Annual statistical returns and brief notes on vaccination in Bengal - 1896-1909
Year: 1896
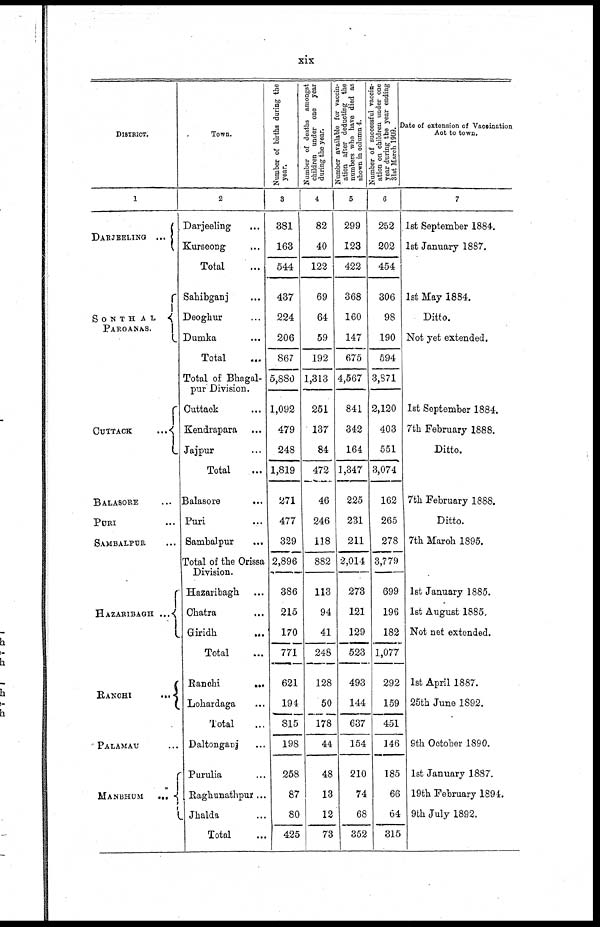
xix
DISTRICT.
1
DARJEELING...
SONTHAL
PARGANAS.
CUTTACK...
...
BALASORE...
PURI...
SAMBALPUR...
HAZARIBAGH... ...
RACHI...
PALAMAU...
MANBHUM...
Town.
2
Darjeeling... ...
Kurseong... ...
Total...
Sahibganj... ...
Deoghur... ...
Dumka... ...
Total...
Total of Bhagal-
pur Division.
Cuttack... ...
Kendrapara... ...
Jajpur... ...
Total...
Balasore...
...
Puri... ...
Sambalpur... ...
Total of the Orissa
Hazaribagh... ...
Chatra... ...
Giridh...
...
Total...
Ranchi...
...
Lohardaga... ...
Total...
Daltonganj... ...
Purulia... ...
Raghunathpur...
Jhalda...
Total...
Number of births during the
year.
3
381
163
544
437
224
206
867
5,880
1,092
479
248
1,819
271
477
329
2,896
386
215
170
771
621
194
815
198
258
87
80
425
Number of deaths amongst
children under one year
during the year.
4
82
40
122
69
64
59
192
1,313
251
137
84
472
46
246
118
882
113
94
41
248
128
50
178
44
48
13
12
73
Number available for vaccin-
ation after deducting the
numbers who have died as
shown in column 4.
5
299
123
422
368
160
147
675
4,567
841
342
164
1,347
225
231
211
2,014
273
121
129
523
493
144
637
154
210
74
68
352
Number of successful vaccin-
ation on children under one
year during the year ending
31st March 1909.
6
252
202
454
306
98
190
594
3,871
2,120
403
551
3,074
162
265
278
3,779
699
196
182
1,077
292
159
451
146
185
66
64
315
Date of extension of Vaccination
Act to town.
7
1st September 1884.
1st January 1887.
1st May 1884.
Ditto.
Not yet extended.
1st September 1884.
7th February 1888.
Ditto.
7th February 1888.
Ditto.
7th March 1895.
1st January 1885.
1st August 1885.
Not net extended.
1st April 1887.
25th June 1892.
9th October 1890.
1st January 1887.
19th February 1894.
9th July 1892.